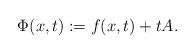
LaTeX: \begin{align*} \Phi(x,t) := f(x,t) + t A.\end{align*}